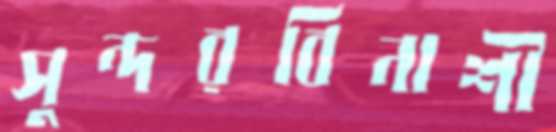
সুন্দরবিনাশী